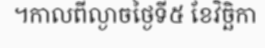
។កាលពីល្ងាចថ្ងៃទី៥ ខែវិច្ឆិកា